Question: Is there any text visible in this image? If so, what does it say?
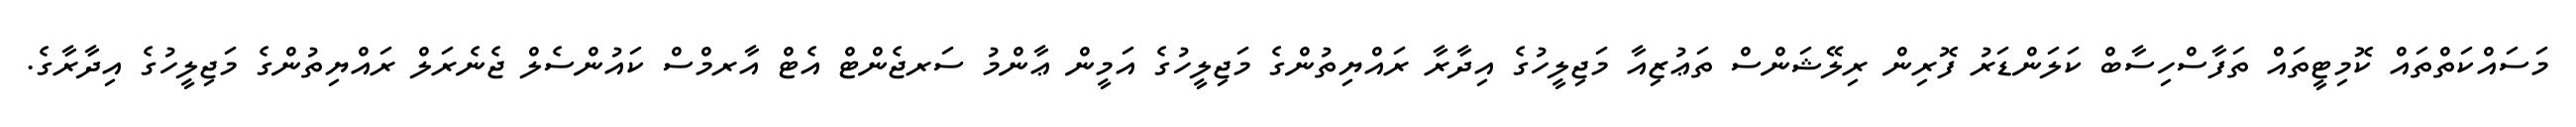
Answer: މަސައްކަތްތައް ކޮމިޓީތައް ތަފާސްހިސާބް ކަލަންޑަރު ފޮރިން ރިލޭޝަންސް ތަޢުޒިއާ މަޖިލީހުގެ އިދާރާ ރައްޔިތުންގެ މަޖިލީހުގެ އަމީން ޢާންމު ސަރޖެންޓް އެޓް އާރމްސް ކައުންސެލް ޖެނެރަލް ރައްޔިތުންގެ މަޖިލީހުގެ އިދާރާގެ.